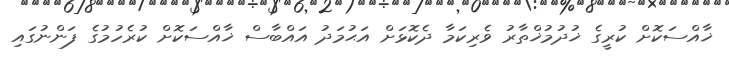
ޚާއްސަކޮށް ކުރީގެ ޚުދުމުޚްތާރު ވެރިކަމާ ދެކޮޅަށް އަޙުމަދު އައްބާސް ޚާއްސަކޮށް ކުރެހުމުގެ ފަންނުގައި